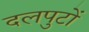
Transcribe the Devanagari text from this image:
दलपुटों